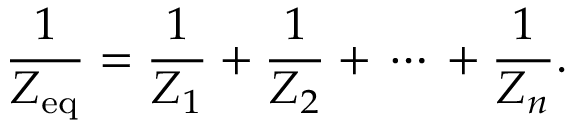
{ \frac { 1 } { Z _ { \mathrm { e q } } } } = { \frac { 1 } { Z _ { 1 } } } + { \frac { 1 } { Z _ { 2 } } } + \, \cdots \, + { \frac { 1 } { Z _ { n } } } .